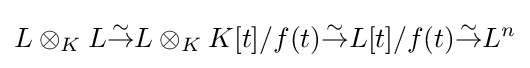
L\otimes _{K}L{\stackrel {\sim }{\to }}L\otimes _{K}K[t]/f(t){\stackrel {\sim }{\to }}L[t]/f(t){\stackrel {\sim }{\to }}L^{n}